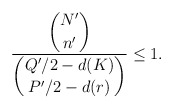
\begin{align*} \frac{\displaystyle \binom{N'}{n'}} {\displaystyle \binom{Q'/2-d(K)}{P'/2-d(r)}} \leq 1. \end{align*}